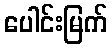
ပေါင်းမြက်